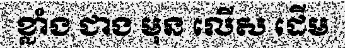
ខ្លាំង ជាង មុន លើស ដើម